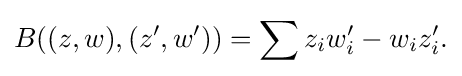
\displaystyle {B((z,w),(z^{\prime },w^{\prime }))=\sum z_{i}w_{i}^{\prime }-w_{i}z_{i}^{\prime }.}